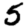
Digit: 5